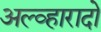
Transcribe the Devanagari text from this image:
अल्व्हारादो